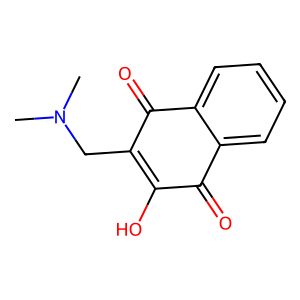
SMILES: CN(C)CC1=C(O)C(=O)c2ccccc2C1=O
Inhibits HIV replication: No